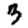
Digit: 3